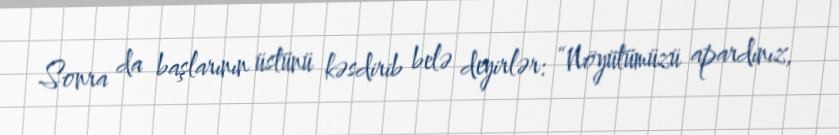
Sonra da başlarının üstünü kəsdirib belə deyirlər: “Nöyütümüzü apardınız,